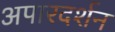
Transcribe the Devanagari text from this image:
अपारदर्शन